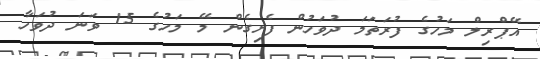
އޭޕްރިލް މަހުގެ ފުރަތަމަ ދުވަހުން ފެށިގެން މޭ މަހުގެ 15 ވަނަ ދުވަހާ